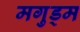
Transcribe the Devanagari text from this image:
मगुड्म